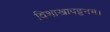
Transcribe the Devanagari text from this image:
विशाखापट्टनम।